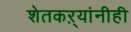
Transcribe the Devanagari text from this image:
शेतकऱ्यांनीही